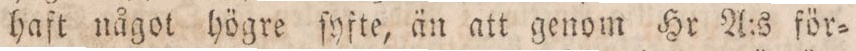
haft något högre ſyfte, än att genom Hr A:s för=